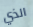
الذي